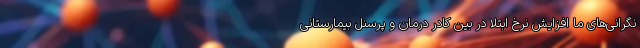
نگرانی‌های ما افزایش نرخ ابتلا در بین کادر درمان و پرسنل بیمارستانی